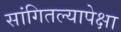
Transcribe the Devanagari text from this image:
सांगितल्यापेक्षा